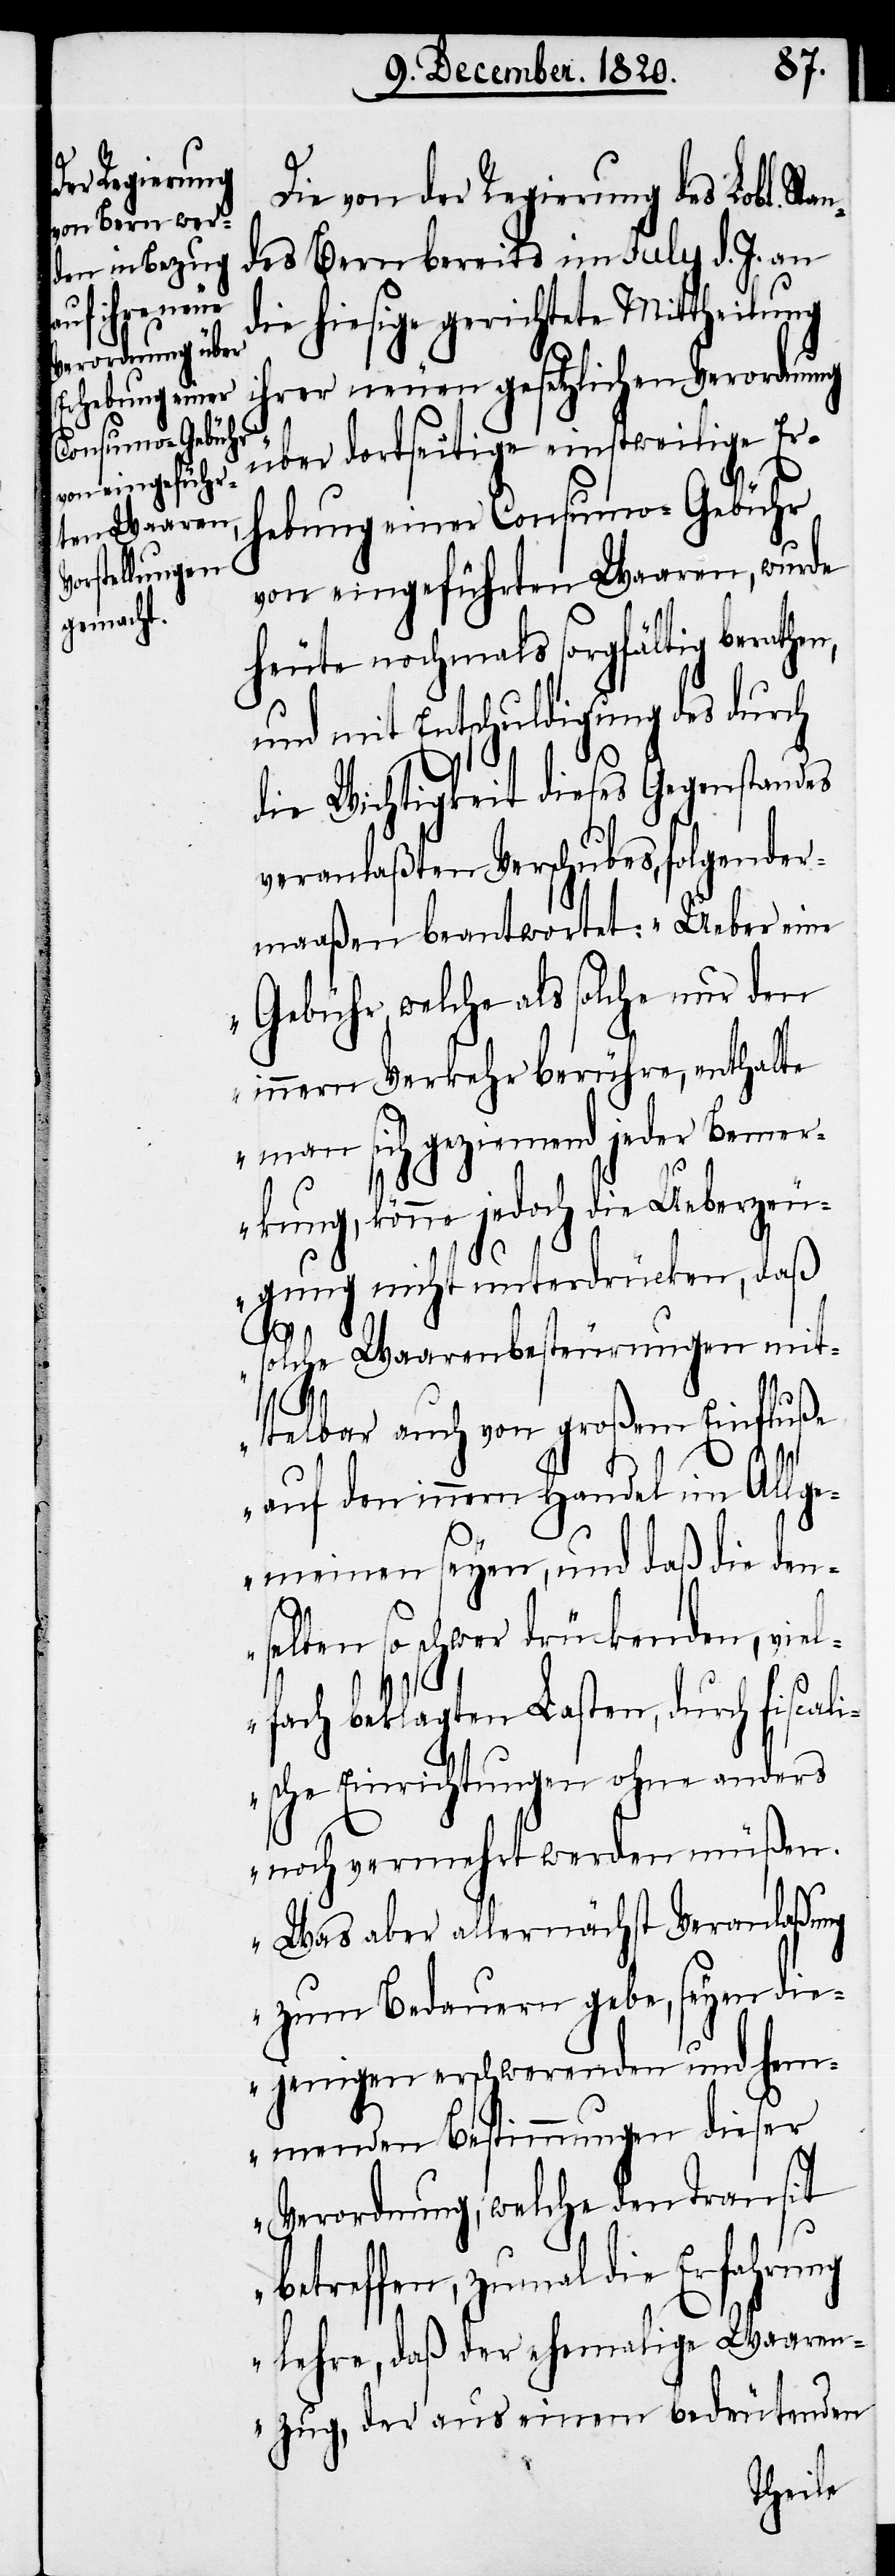
Die von der Regierung des Lobl. St¬
des Bern bereits im July d. J. an
ie hiesige gerichtete Mittheilung
ihrer neuen gesetzlichen Verordnung
über dortseitige einstweilige Er¬
hebung einer Consumo-Gebühr
von eingeführten Waaren, wurde
heute nochmals sorgfältig berathe¬
und mit Entschuldigung des durch
die Wichtigkeit dieses Gegenstandes
veranlaßten Verschubes, folgender¬
maaßen beantwortet: „Ueber eine
Gebühr, welche als solche nur den
innern Verkehr berühre, enthalte
man sich geziemend jeder Bemerk¬
könne jedoch die Ueberzeu¬
gung nicht unterdrücken, daß
solche Waarenbesteurungen mit¬
n,
telbar auch von großem Einfluße
ung,
auf den innern Handel im Allge¬
meinen seyen, und daß die den¬
selben so schwer drückenden, viel¬
fach beklagten Lasten, durch fiscali¬
sche Einrichtungen ohne anders
noch vermehrt werden müßen.
Was aber allernächst Veranlaßung
zum Bedauern gebe, seyen die¬
jenigen erschwerenden und hem¬
menden Bestimmungen dieser
Verordnung, welche den Transit
betreffen, zumal die Erfahrung
lehre, daß der ehemalige Waaren¬
zug, der aus einem bedeutenden